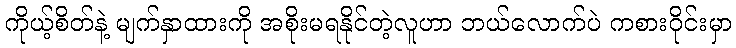
ကိုယ့်စိတ်နဲ့ မျက်နှာထားကို အစိုးမရနိုင်တဲ့လူဟာ ဘယ်လောက်ပဲ ကစားဝိုင်းမှာ